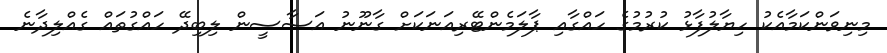
މިނިވަންކަމާއެކު ހިޔާލުފާޅު ކުރުމުގެ ހައްގާއި ޕާލަމެންޓޭރިއަނަކަށް ގާނޫނު އަސާސީން ލިބިދޭ ހައްގުތައް ގެއްލިދާނެ